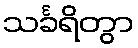
သင်္ခရိတွာ